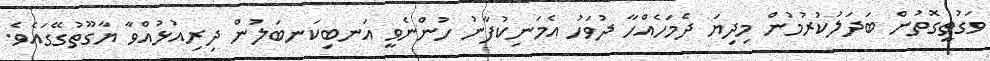
ވަގުތީގޮތުން ބަދަލުކުރުމުން މިދިޔަ ދެމަހެއްހާ ދުވަހު އެމަނިކުފާނު ހުންނެވީ އަނބިކަނބަލުން ދިރިއުޅުއްވާ ޔާގޫތުގޭގައެވެ.